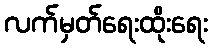
လက်မှတ်ရေးထိုးရေး